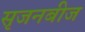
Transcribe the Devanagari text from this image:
सृजनबीज